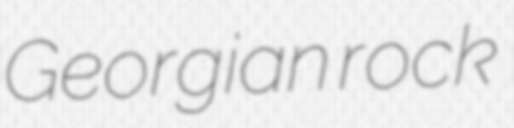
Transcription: Georgian rock